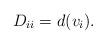
LaTeX: \begin{align*} D_{ii}= d(v_i). \end{align*}